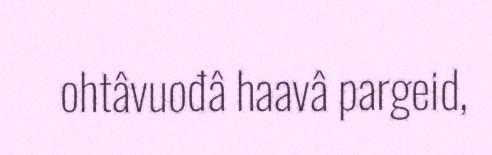
ohtâvuođâ haavâ pargeid,